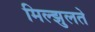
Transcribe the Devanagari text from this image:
मिल्झुलते